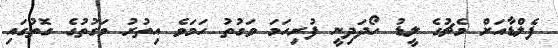
ފެލްޑާއަށް މެޗުގެ ލީޑު ހޯދަދިނީ ފުރިހަމަ ވަގުތު ހަމަވެ އިތުރު ވަގުތުގެ ގޮތުގައި